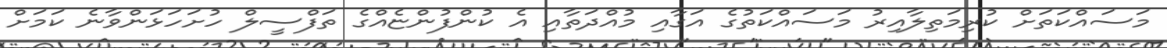
މަސައްކަތަށް ކުރިމަތިލާއިރު މަސައްކަތުގެ އަގާއި މުއްދަތާއި އެ ކުންފުންޏެއްގެ ތަފްސީލް ހުށަހަޅަންވާނެ ކަމަށް